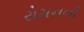
રોમનની